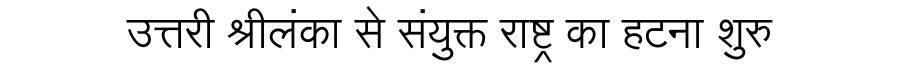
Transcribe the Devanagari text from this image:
उत्तरी श्रीलंका से संयुक्त राष्ट्र का हटना शुरु